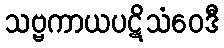
သဗ္ဗကာယပဋိသံဝေဒီ